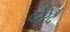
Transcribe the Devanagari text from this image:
दरेरेदै